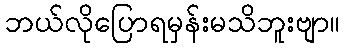
ဘယ်လိုပြောရမှန်းမသိဘူးဗျာ။